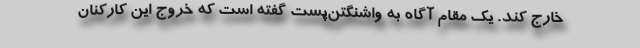
خارج کند. یک مقام آگاه به واشنگتن‌پست گفته است که خروج این کارکنان